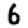
Digit: 6